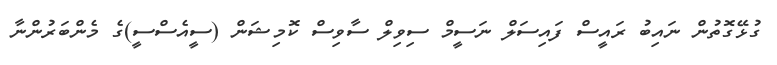
ގުޅޭގޮތުން ނައިބު ރައީސް ފައިސަލް ނަސީމް ސިވިލް ސާވިސް ކޮމިޝަން (ސީއެސްސީ)ގެ މެންބަރުންނާ